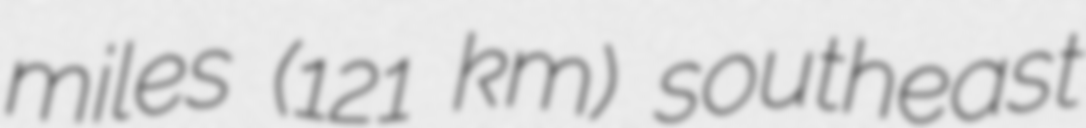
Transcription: miles (121 km) southeast